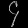
Digit: ၄